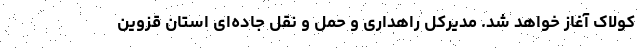
کولاک آغاز خواهد شد. مدیرکل راهداری و حمل و نقل جاده‌ای استان قزوین